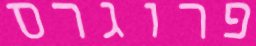
פרוגרס